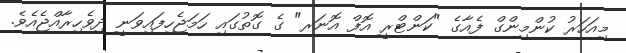
މިއަހަރު ކުންމިންގް ފެއާގެ "ކަންޓްރީ އޮފް އޮނަރ" ގެ ގޮތުގައި ހަމަޖެހިފައިވަނީ ދިވެހިރާއްޖެއެވެ.